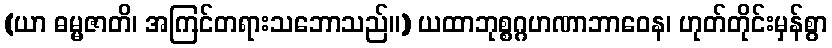
(ယာ ဓမ္မဇာတိ၊ အကြင်တရားသဘောသည်။) ယထာဘုစ္စဂ္ဂဟဏာဘာဝေန၊ ဟုတ်တိုင်းမှန်စွာ